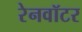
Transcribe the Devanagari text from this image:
रेनवॉटर